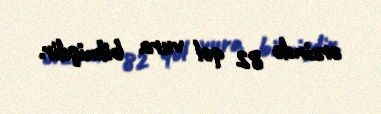
ərzində 82 qol vura bilmişdir.